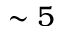
\sim 5